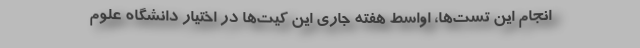
انجام این تست‌ها، اواسط هفته جاری این کیت‌ها در اختیار دانشگاه علوم